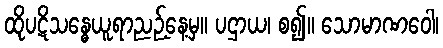
ထိုပဋိသန္ဓေယူရာညဉ့်နေ့မှ။ ပဌာယ၊ စ၍။ သောမာဏဝေါ၊